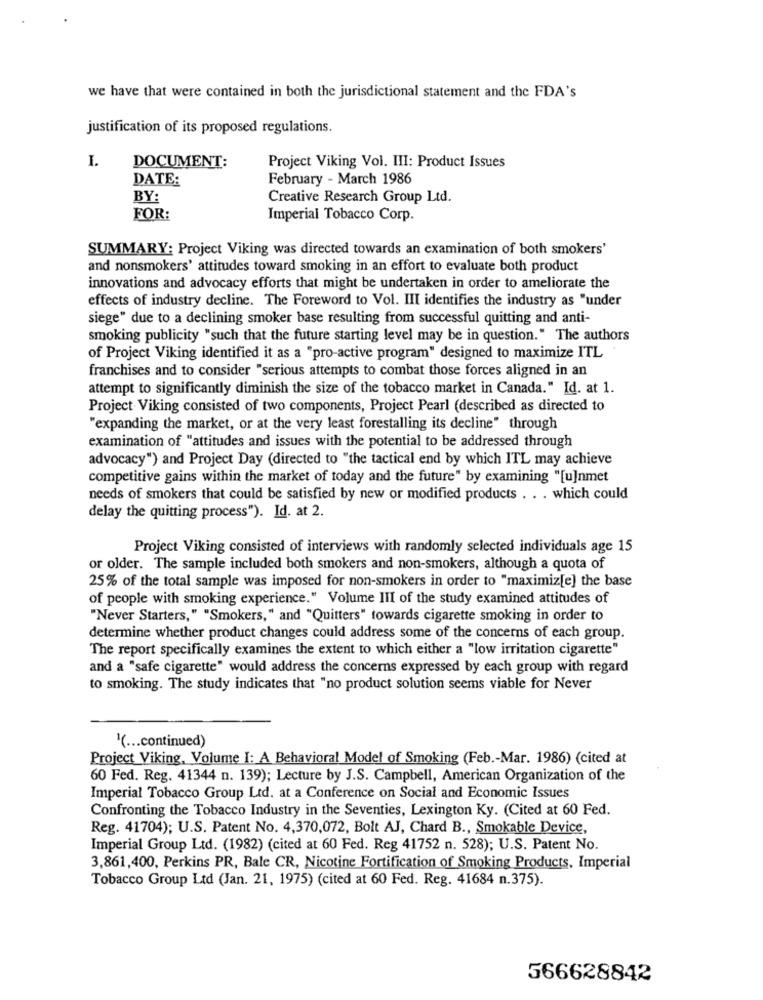
we have that were contained in both the jurisdictional statement and the FDA's
justification of its proposed regulations.
I.
DOCUMENT:
Project Viking Vol. III: Product Issues
DATE:
February - March 1986
BY:
Creative Research Group Ltd.
FOR:
Imperial Tobacco Corp.
SUMMARY: Project Viking was directed towards an examination of both smokers'
and nonsmokers' attitudes toward smoking in an effort to evaluate both product
innovations and advocacy efforts that might be undertaken in order to ameliorate the
effects of industry decline. The Foreword to Vol. III identifies the industry as "under
siege" due to a declining smoker base resulting from successful quitting and anti-
smoking publicity "such that the future starting level may be in question." The authors
of Project Viking identified it as a "pro-active program" designed to maximize ITL
franchises and to consider "serious attempts to combat those forces aligned in an
attempt to significantly diminish the size of the tobacco market in Canada." Id. at 1.
Project Viking consisted of two components, Project Pearl (described as directed to
"expanding the market, or at the very least forestalling its decline" through
examination of "attitudes and issues with the potential to be addressed through
advocacy") and Project Day (directed to "the tactical end by which ITL may achieve
competitive gains within the market of today and the future" by examining "[u]nmet
needs of smokers that could be satisfied by new or modified products . . . which could
delay the quitting process"). Id. at 2.
Project Viking consisted of interviews with randomly selected individuals age 15
or older. The sample included both smokers and non-smokers, although a quota of
25% of the total sample was imposed for non-smokers in order to "maximiz[e] the base
of people with smoking experience." Volume III of the study examined attitudes of
"Never Starters," "Smokers," and "Quitters" towards cigarette smoking in order to
determine whether product changes could address some of the concerns of each group.
The report specifically examines the extent to which either a "low irritation cigarette"
and a "safe cigarette" would address the concerns expressed by each group with regard
to smoking. The study indicates that "no product solution seems viable for Never
'( ... continued)
Project Viking, Volume I: A Behavioral Model of Smoking (Feb .- Mar. 1986) (cited at
60 Fed. Reg. 41344 n. 139); Lecture by J.S. Campbell, American Organization of the
Imperial Tobacco Group Ltd. at a Conference on Social and Economic Issues
Confronting the Tobacco Industry in the Seventies, Lexington Ky. (Cited at 60 Fed.
Reg. 41704); U.S. Patent No. 4,370,072, Bolt AJ, Chard B ., Smokable Device,
Imperial Group Ltd. (1982) (cited at 60 Fed. Reg 41752 n. 528); U.S. Patent No.
3,861,400, Perkins PR, Bale CR, Nicotine Fortification of Smoking Products, Imperial
Tobacco Group Ltd (Jan. 21, 1975) (cited at 60 Fed. Reg. 41684 n.375).
566628842